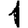
Digit: 1